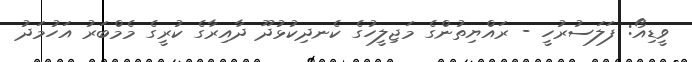
ވީޑިއޯ: ފަލަސުރުހީ - ރައްޔިތުންގެ މަޖިލީހުގެ ކެނދިކުޅުދޫ ދާއިރާގެ ކުރީގެ މެމްބަރު އަހުމަދު